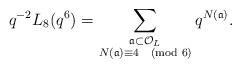
\begin{align*} q^{-2} L_{8}(q^{6}) = \sum_{\substack{\frak{a} \subset \mathcal{O}_{L} \\ N(\frak{a}) \equiv 4 \pmod{6}}} q^{N(\frak{a})}.\end{align*}